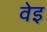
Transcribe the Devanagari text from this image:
वेइ